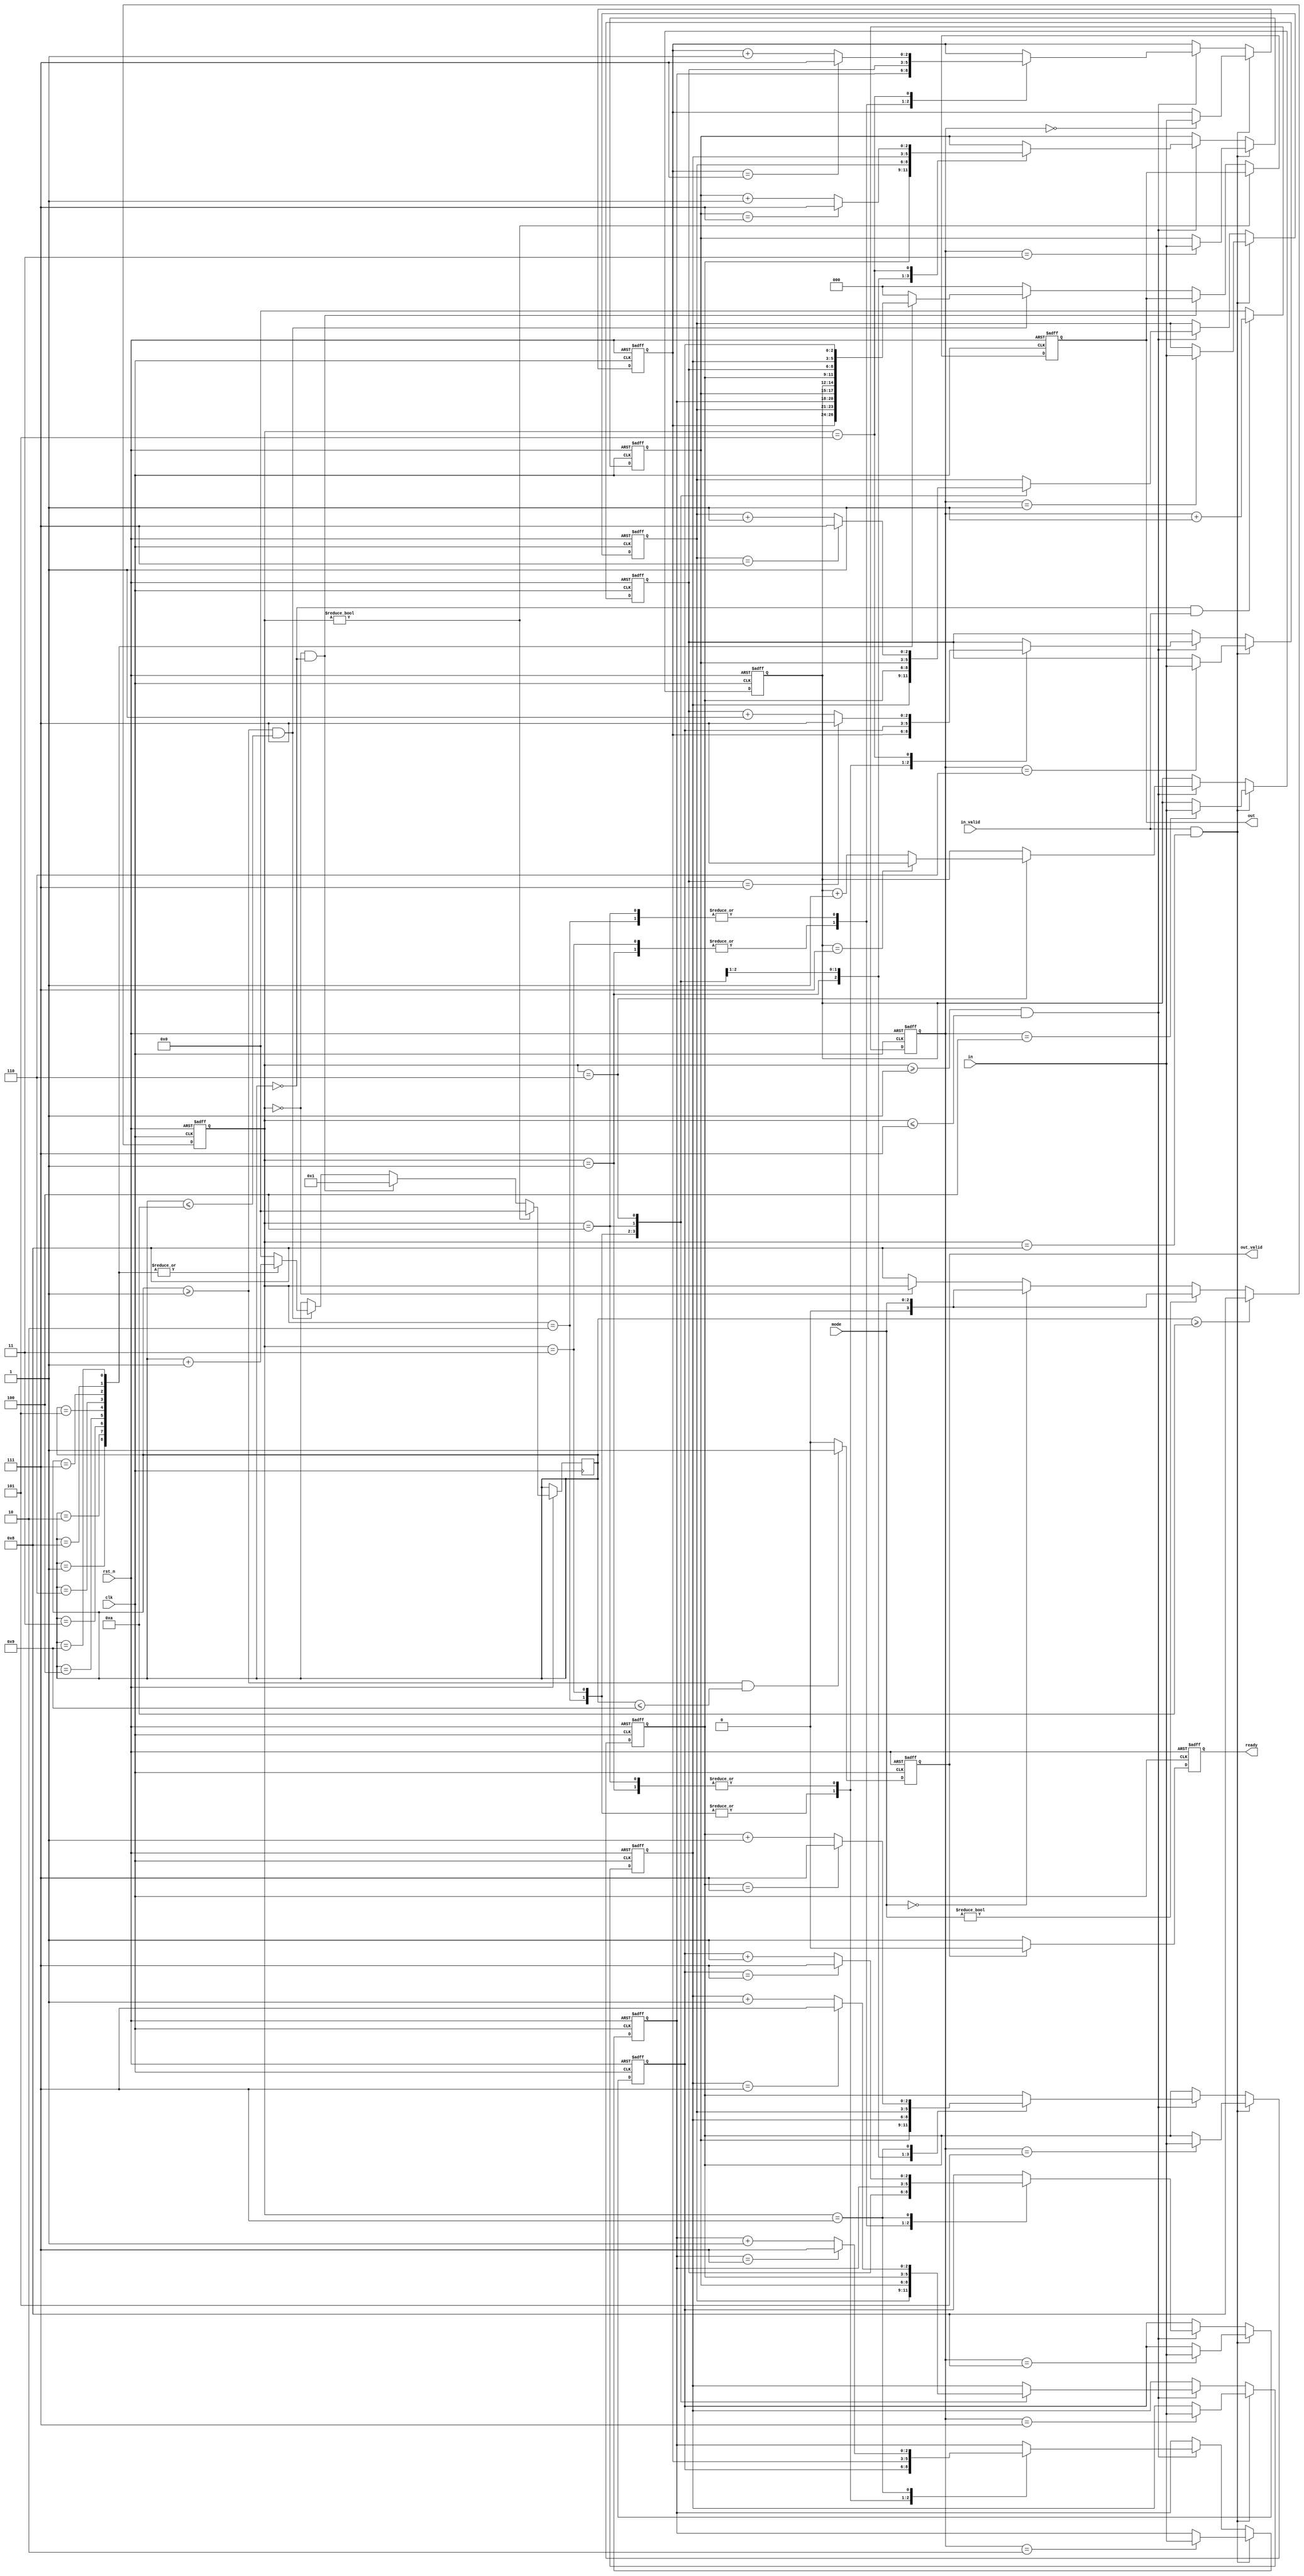
module IMPOR(in,mode,in_valid,clk,rst_n,out,out_valid,ready);
input [2:0] in,mode;
input in_valid,clk,rst_n;
output reg [2:0]out;
output reg out_valid,ready;
reg [3:0]mode_tmp;
reg [2:0] a0,a1,a2,a3,a4,a5,a6,a7,a8;
reg [4:0] step,out_cnt;

always@(posedge clk or negedge rst_n) //IO
begin
	if(!rst_n)
	begin
		a0<=0;
		a1<=0;
		a2<=0;
		a3<=0;
		a4<=0;
		a5<=0;
		a6<=0;
		a7<=0;
		a8<=0;
	end
	else if(in_valid&&mode_tmp==8)
	case(step)
		0:a0<=in;
		1:a1<=in;
		2:a2<=in;
		3:a3<=in;
		4:a4<=in;
		5:a5<=in;
		6:a6<=in;
		7:a7<=in;
		8:a8<=in;
		default: //default NO LATCH
		begin
			a0<=a0;
			a1<=a1;
			a2<=a2;
			a3<=a3;
			a4<=a4;
			a5<=a5;
			a6<=a6;
			a7<=a7;
			a8<=a8;
		end
	endcase
	
	else if(mode_tmp>=1&&mode_tmp<=7) //Matrix operation
	begin
		case(mode_tmp)
		1:
		begin
			a0<=a2;
			a3<=a5;
			a6<=a8;
			a2<=a0;
			a5<=a3;
			a8<=a6;
		end
		2:
		begin
			a0<=a6;
			a1<=a7;
			a2<=a8;
			a6<=a0;
			a7<=a1;
			a8<=a2;
		end
		3:
		begin
			a0<=a2;
			a1<=a5;
			a2<=a8;
			a5<=a7;
			a8<=a6;
			a7<=a3;
			a6<=a0;
			a3<=a1;
		end
		4:
		begin
			a0<=a6;
			a1<=a3;
			a2<=a0;
			a5<=a1;
			a8<=a2;
			a7<=a5;
			a6<=a8;
			a3<=a7;
		end
		5:
		begin
			if(a0==7) a0<=7;
			else a0<=a0+1;
			
			if(a3==7) a3<=7;
			else a3<=a3+1;
			
			if(a6==7) a6<=7;
			else a6<=a6+1;
		end
		6:
		begin
			if(a1==7) a1<=7;
			else a1<=a1+1;

			if(a4==7) a4<=7;
			else a4<=a4+1;
			
			if(a7==7) a7<=7;
			else a7<=a7+1;
		end
		7:
		begin
			if(a2==7) a2<=7;
			else a2<=a2+1;
			
			if(a5==7) a5<=7;
			else a5<=a5+1;
			
			if(a8==7) a8<=7;
			else a8<=a8+1;
		end
		default //default NO LATCH
		begin
			a0<=a0;
			a1<=a1;
			a2<=a2;
			a3<=a3;
			a4<=a4;
			a5<=a5;
			a6<=a6;
			a7<=a7;
			a8<=a8;
		end
		endcase
	end
	
	else //default NO LATCH
	begin
		a0<=a0;
		a1<=a1;
		a2<=a2;
		a3<=a3;
		a4<=a4;
		a5<=a5;
		a6<=a6;
		a7<=a7;
		a8<=a8;
	end
end

always@(posedge clk or negedge rst_n) // clock count step (ascually only for input)
begin
	if(!rst_n)
		step<=0;
	else if(!out_cnt&&in_valid) //input(include mode input) in progress
		step<=step+1;
	else
		step<=0; //default NO LATCH
end
//ready manipulation
always@(posedge clk or negedge rst_n)
begin
	if(!rst_n)
		ready<=0;
	else if(!out_valid) //mode1~7(include the default one:8 while input is in progress) will let ready=1 to let data in
		ready<=1;
	else if(!out_valid&&!mode_tmp) //reach mode 0 , ready to output
		ready<=0;
	else
		ready<=0;
		
end
//mode storage manipulation
always@(posedge clk or negedge rst_n)
begin
	if(!rst_n)
		mode_tmp<=8;
	else if(out_cnt>=10) //mode_tmp to default 8 (since we do operation between 1~7)
		mode_tmp<=8;
	else if(mode) //mode in (do operations and save the mode)
		mode_tmp<=mode;
	else if(!mode) //mode in (MODE TERMINATION)
		mode_tmp<=mode;
	else if(!mode_tmp)
		mode_tmp<=mode_tmp;
	
	else //neet to be 8 (since if in 03 GATE, it will be x ans further affect out_cnt,out valid,causing error
		// also for the purpose which wants default to be NO LATCH
		//should be the lowest priority, or will cause mode_tmp change to 0 when still in mode input (matrix manipulation)
		mode_tmp<=8; 
		
end

//out_valid manipulation
always@(posedge clk or negedge rst_n)
begin
	if(!rst_n)
		out_valid<=0;
	else if(out_cnt>=1&&out_cnt<=9) //only the output part (which means out_valid between1~9 will set out_valid=1)
		out_valid<=1;
	else
		out_valid<=0; //default NO LATCH
end
//output manipulation
always@(posedge clk or negedge rst_n)
begin
	if(!rst_n)
		out<=0;
	else if(mode_tmp) //in the input part, out_cnt should be 0(include the mode being 1~8)
		out_cnt<=0;
	else if(!mode_tmp&&out_cnt==0) //if we reach the mode==0 and out_cnt is still==0 , that means output will now in progress
		out_cnt<=1;
	else if(out_cnt>=1&&out_cnt<=10) //output in progress
	begin
		
		case(out_cnt)
		1:
		begin
			out<=a0;
			out_cnt<=out_cnt+1;
		end
		2:
		begin
			out<=a1;
			out_cnt<=out_cnt+1;
		end
		3:
		begin
			out<=a2;
			out_cnt<=out_cnt+1;
		end
		4:
		begin
			out<=a3;
			out_cnt<=out_cnt+1;
		end
		5:
		begin
			out<=a4;
			out_cnt<=out_cnt+1;
		end
		6:
		begin
			out<=a5;
			out_cnt<=out_cnt+1;
		end
		7:
		begin
			out<=a6;
			out_cnt<=out_cnt+1;
		end
		8:
		begin
			out<=a7;
			out_cnt<=out_cnt+1;
		end
		9:
		begin
			out<=a8;
			out_cnt<=out_cnt+1;
		end
		default:
		begin
			out<=0;
			out_cnt<=0;
		end
		
		endcase
	end
	else //default NO LATCH
	out<=0;
end
endmodule